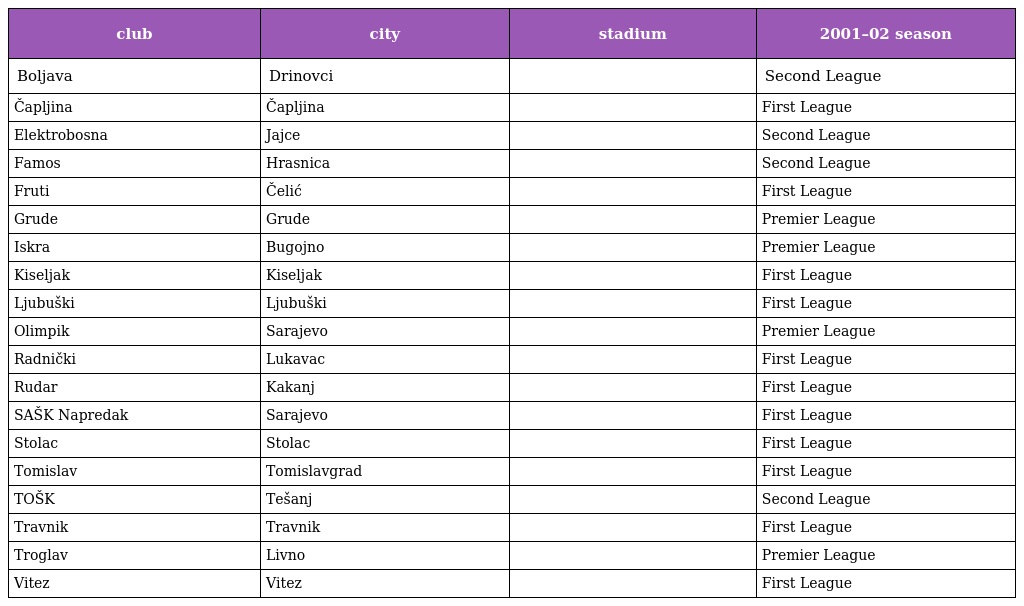
| club | city | stadium | 2001–02 season |
 | --- | --- | --- | --- |
 | Boljava | Drinovci |  | Second League |
 | Čapljina | Čapljina |  | First League |
 | Elektrobosna | Jajce |  | Second League |
 | Famos | Hrasnica |  | Second League |
 | Fruti | Čelić |  | First League |
 | Grude | Grude |  | Premier League |
 | Iskra | Bugojno |  | Premier League |
 | Kiseljak | Kiseljak |  | First League |
 | Ljubuški | Ljubuški |  | First League |
 | Olimpik | Sarajevo |  | Premier League |
 | Radnički | Lukavac |  | First League |
 | Rudar | Kakanj |  | First League |
 | SAŠK Napredak | Sarajevo |  | First League |
 | Stolac | Stolac |  | First League |
 | Tomislav | Tomislavgrad |  | First League |
 | TOŠK | Tešanj |  | Second League |
 | Travnik | Travnik |  | First League |
 | Troglav | Livno |  | Premier League |
 | Vitez | Vitez |  | First League |